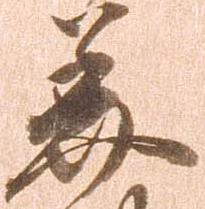
美